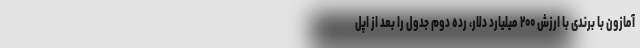
آمازون با برندی با ارزش ۲۰۰ میلیارد دلار، رده دوم جدول را بعد از اپل